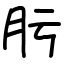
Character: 肟